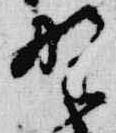
野